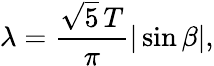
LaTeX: \lambda=\frac{\sqrt{5}\, T}{\pi}|\sin\beta|,